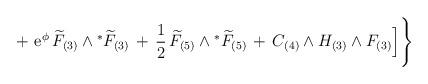
LaTeX: \begin{align*}+ \,\,{\rm e}^{\phi} \,{\widetilde{F}}_{(3)} \wedge {}^* {\widetilde{F}}_{(3)} \,+\, \frac{1}{2}\, {\widetilde{F}}_{(5)} \wedge {}^* {\widetilde{F}}_{(5)} \, +\, C_{(4)} \wedge H_{(3)} \wedge F_{(3)} \Big] \Bigg\}\end{align*}